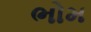
ભોમ